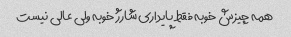
همه چیزش خوبه فقط پایداری شارژ خوبه ولی عالی نیست